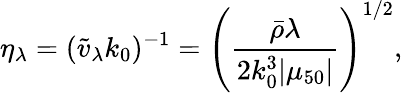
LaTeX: \eta_{\lambda}=(\tilde{v}_{\lambda}k_{0})^{-1}=\left(\frac{{\bar{\rho}}\lambda}{2k_{0}^{3}|\mu_{50}|}\right)^{1/2},